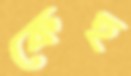
কেহ